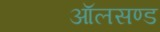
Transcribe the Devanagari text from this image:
ऑलसण्ड